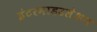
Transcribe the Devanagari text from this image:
इंटरमाडउलेशन